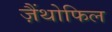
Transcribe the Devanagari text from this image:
ज़ैंथोफिल